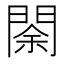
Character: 𨴩